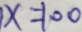
x = 1 0 0